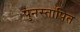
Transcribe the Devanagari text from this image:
पुनस्तापित